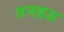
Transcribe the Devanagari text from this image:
तनहऊ